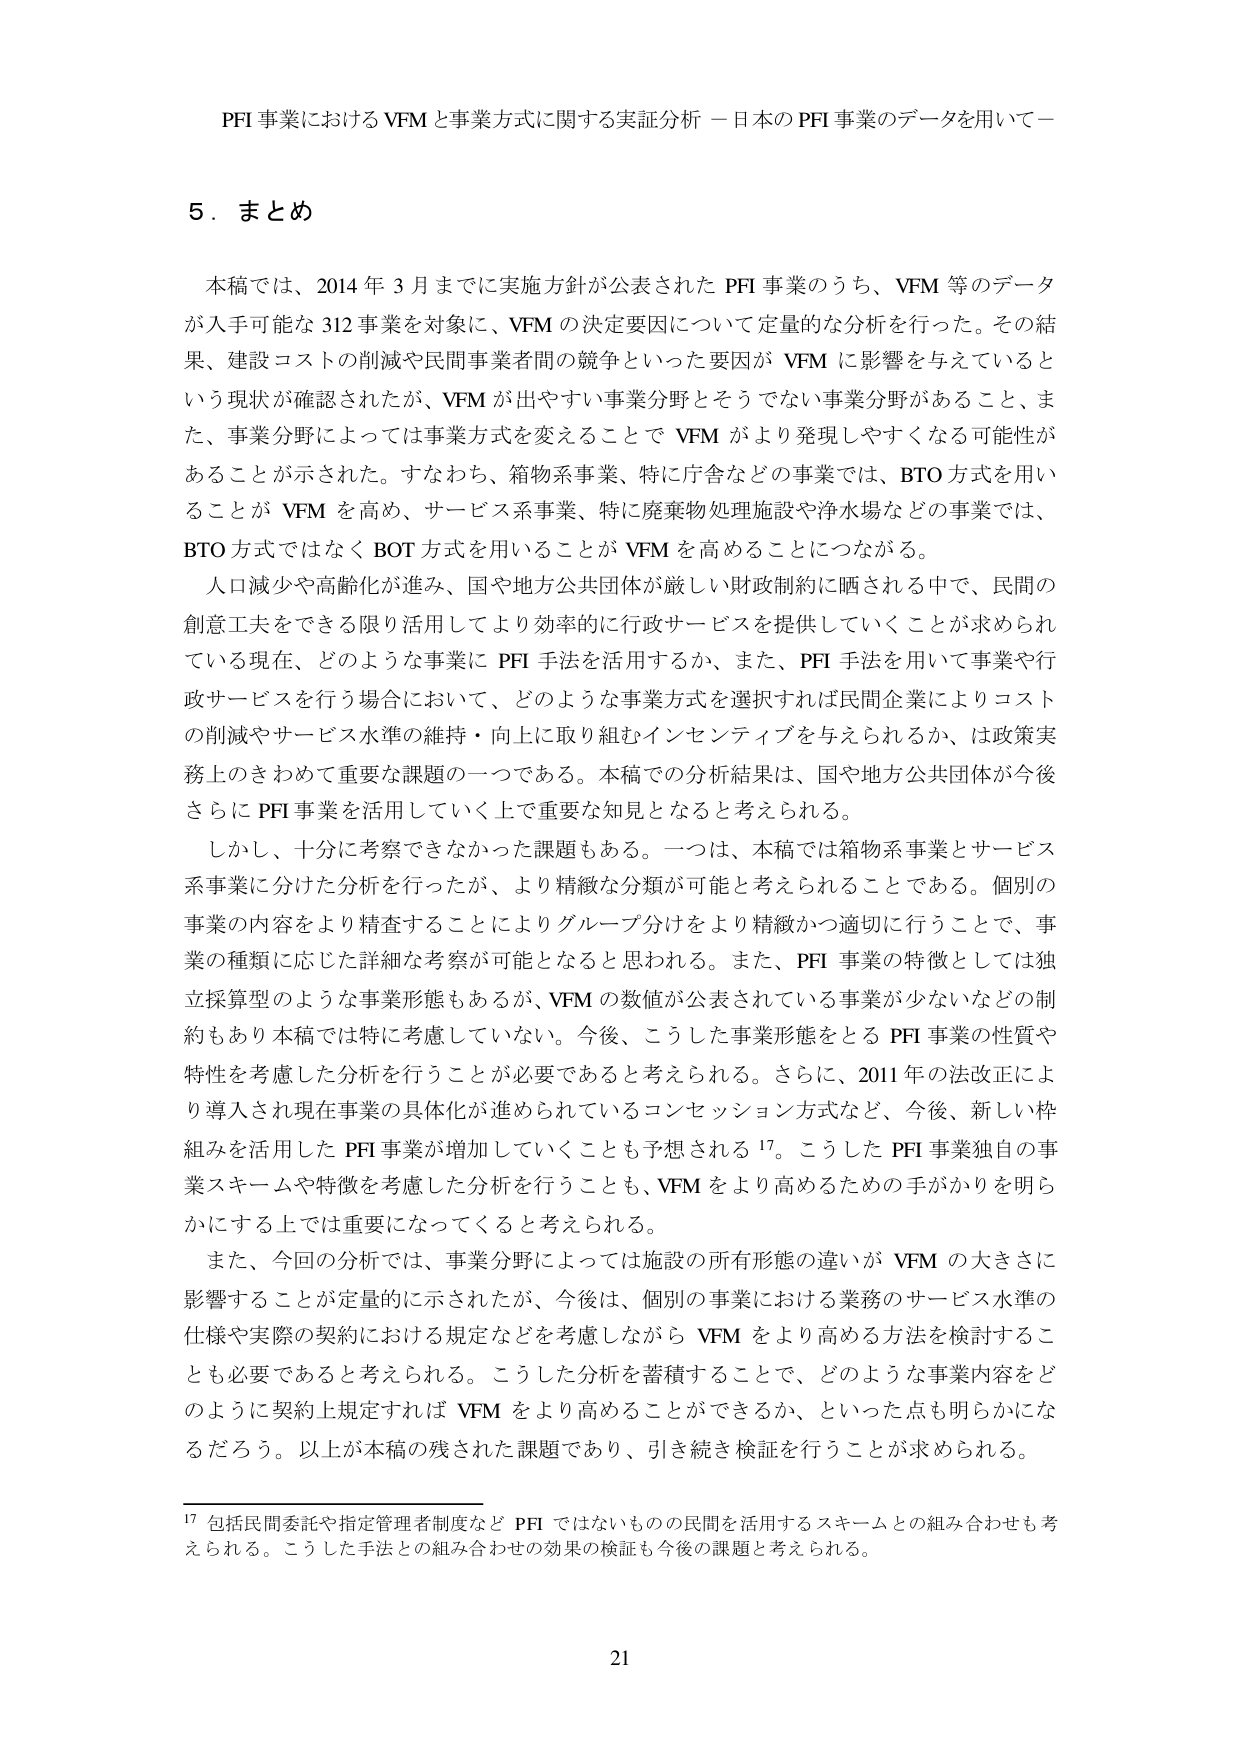
PFI 事業における VFM と事業方式に関する実証分析 －日本の PFI 事業のデータを用いて－

5．まとめ

本稿では、2014 年 3 月までに実施方針が公表された PFI 事業のうち、VFM 等のデータが入手可能な 312 事業を対象に、VFM の決定要因について定量的な分析を行った。その結果、建設コストの削減や民間事業者間の競争といった要因が VFM に影響を与えているという現状が確認されたが、VFM が出やすい事業分野とそうでない事業分野があること、また、事業分野によっては事業方式を変えることで VFM がより発現しやすくなる可能性があることが示された。すなわち、箱物系事業、特に庁舎などの事業では、BTO 方式を用いることが VFM を高め、サービス系事業、特に廃棄物処理施設や浄水場などの事業では、BTO 方式ではなく BOT 方式を用いることが VFM を高めることにつながる。

人口減少や高齢化が進み、国や地方公共団体が厳しい財政制約に晒される中で、民間の創意工夫をできる限り活用してより効率的に行政サービスを提供していくことが求められている現在、どのような事業に PFI 手法を活用するか、また、PFI 手法を用いて事業や行政サービスを行う場合において、どのような事業方式を選択すれば民間企業によりコストの削減やサービス水準の維持・向上に取り組むインセンティブを与えられるか、は政策実務上のきわめて重要な課題の一つである。本稿での分析結果は、国や地方公共団体が今後さらに PFI 事業を活用していく上で重要な知見となると考えられる。

しかし、十分に考察できなかった課題もある。一つは、本稿では箱物系事業とサービス系事業に分けた分析を行ったが、より精緻な分類が可能と考えられることである。個別の事業の内容をより精査することによりグループ分けをより精緻かつ適切に行うことで、事業の種類に応じた詳細な考察が可能となると思われる。また、PFI 事業の特徴としては独立採算型のような事業形態もあるが、VFM の数値が公表されている事業が少ないなどの制約もあり本稿では特に考慮していない。今後、こうした事業形態をとる PFI 事業の性質や特性を考慮した分析を行うことが必要であると考えられる。さらに、2011 年の法改正により導入され現在事業の具体化が進められているコンセッション方式など、今後、新しい枠組みを活用した PFI 事業が増加していくことも予想される 17。こうした PFI 事業独自の事業スキームや特徴を考慮した分析を行うことも、VFM をより高めるための手がかりを明らかにする上では重要になってくると考えられる。

また、今回の分析では、事業分野によっては施設の所有形態の違いが VFM の大きさに影響することが定量的に示されたが、今後は、個別の事業における業務のサービス水準の仕様や実際の契約における規定などを考慮しながら VFM をより高める方法を検討することも必要であると考えられる。こうした分析を蓄積することで、どのような事業内容をどのように契約上規定すれば VFM をより高めることができるか、といった点も明らかになるだろう。以上が本稿の残された課題であり、引き続き検証を行うことが求められる。

17 包括民間委託や指定管理者制度など PFI ではないものの民間を活用するスキームとの組み合わせも考えられる。こうした手法との組み合わせの効果の検証も今後の課題と考えられる。

21